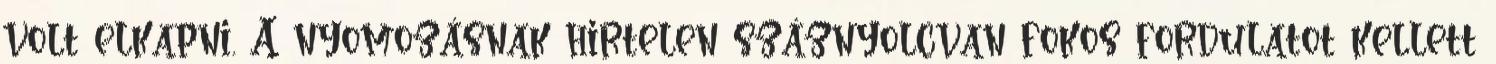
volt elkapni. A nyomozásnak hirtelen száznyolcvan fokos fordulatot kellett